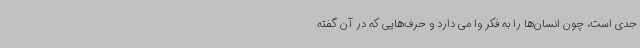
جدی است، چون انسان‌ها را به فکر وا می دارد و حرف‌هایی که در آن گفته